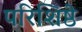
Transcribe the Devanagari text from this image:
परिशिष्ठे